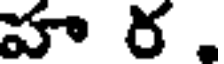
హ ర .